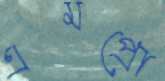
এমপ্রো